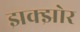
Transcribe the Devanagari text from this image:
झक्झोर